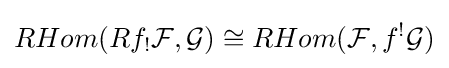
RHom(Rf_{!}{\mathcal {F}},{\mathcal {G}})\cong RHom({\mathcal {F}},f^{!}{\mathcal {G}})